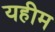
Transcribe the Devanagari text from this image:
यहीम